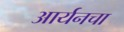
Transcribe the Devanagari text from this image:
आर्यनचा